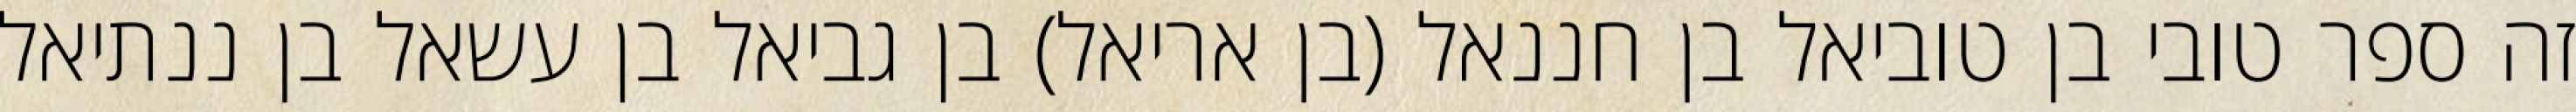
זה ספר טובי בן טוביאל בן חננאל (בן אריאל) בן גביאל בן עשאל בן ננתיאל